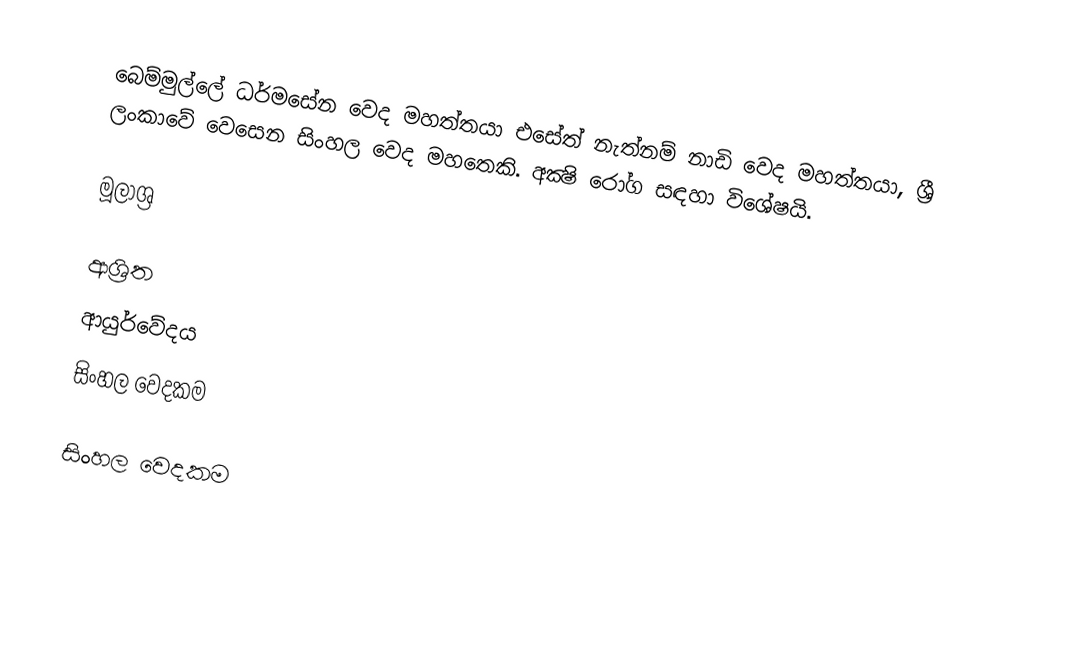
බෙම්මුල්ලේ ධර්මසේන වෙද මහත්තයා එසේත් නැත්නම් නාඩි වෙද මහත්තයා, ශ්‍රී ලංකාවේ වෙසෙන සිංහල වෙද මහතෙකි. අක්‍ෂි රෝග සඳහා විශේෂයි.

මූලාශ්‍ර

ආශ්‍රිත
 ආයුර්වේදය
 සිංහල වෙදකම

සිංහල වෙදකම